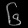
Digit: ၆